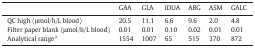
|  | GAA | GLA | IDUA | ABG | ASM | GALC |
 | --- | --- | --- | --- | --- | --- | --- |
 | QC high (μmol/h/L blood) | 20.5 | 11.1 | 6.6 | 9.6 | 2.0 | 4.8 |
 | Filter paper blank (μmol/h/L blood) | 0.01 | 0.01 | 0.10 | 0.02 | 0.01 | 0.01 |
 | Analytical rangea | 1554 | 1007 | 65 | 515 | 370 | 872 |